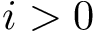
i > 0